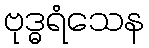
ဗုဒ္ဓရံသေန